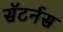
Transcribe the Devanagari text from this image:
सॅटर्नस